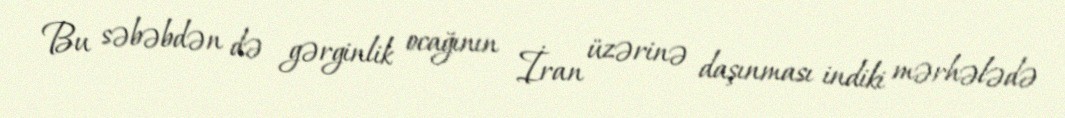
Bu səbəbdən də gərginlik ocağının İran üzərinə daşınması indiki mərhələdə